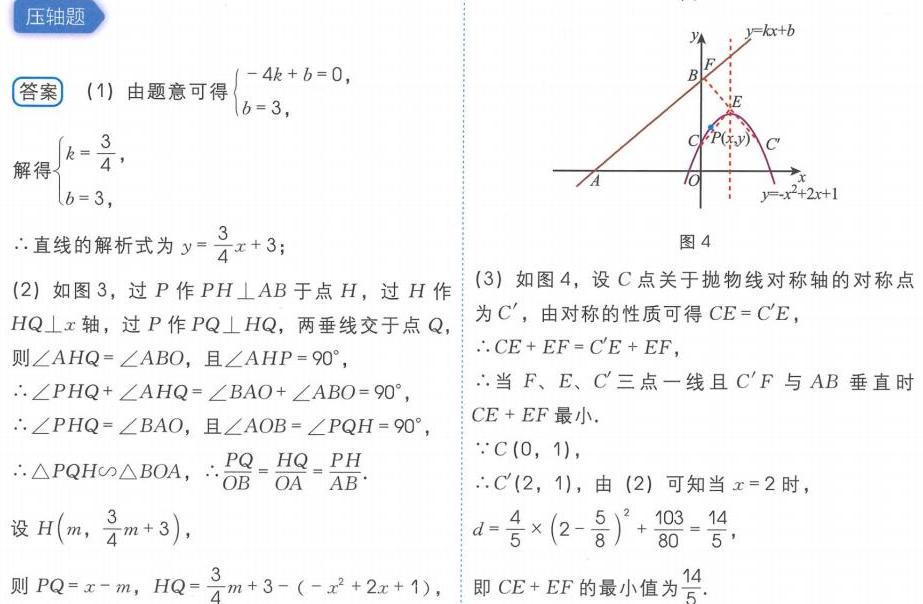
压轴题
答案 (1) 由题意可得\(\begin{cases}-4k + b = 0,\\b = 3,\end{cases}\)
解得\(\begin{cases}k=\frac{3}{4},\\b = 3,\end{cases}\)
\(\therefore\)直线的解析式为\(y=\frac{3}{4}x + 3\)；
(2) 如图3，过\(P\)作\(PH\perp AB\)于点\(H\)，过\(H\)作\(HQ\perp x\)轴，过\(P\)作\(PQ\perp HQ\)，两垂线交于点\(Q\)，
则\(\angle AHQ=\angle ABO\)，且\(\angle AHP = 90^{\circ}\)，
\(\angle PHQ+\angle AHQ=\angle BAO+\angle ABO = 90^{\circ}\)，
\(\therefore\angle PHQ=\angle BAO\)，且\(\angle AOB=\angle PQH = 90^{\circ}\)，
\(\therefore\triangle PQH\sim\triangle BOA\)，\(\therefore\frac{PQ}{OB}=\frac{HQ}{OA}=\frac{PH}{AB}\)。
设\(H(m,\frac{3}{4}m + 3)\)，
则\(PQ=x - m\)，\(HQ=\frac{3}{4}m + 3-(-x^{2}+2x + 1)\)，
(3) 如图4，设\(C\)点关于抛物线对称轴的对称点为\(C'\)，由对称的性质可得\(CE = C'E\)，
\(\therefore CE + EF = C'E + EF\)，
\(\therefore\)当\(F、E、C'\)三点一线且\(C'F\)与\(AB\)垂直时\(CE + EF\)最小.
\(\because C(0,1)\)，
\(\therefore C'(2,1)\)，由 (2) 可知当\(x = 2\)时，
\(d=\frac{4}{5}\times(2-\frac{5}{8})^{2}+\frac{103}{80}=\frac{14}{5}\)，
即\(CE + EF\)的最小值为\(\frac{14}{5}\).